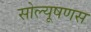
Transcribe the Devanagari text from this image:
सोल्यूषणस